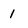
Character: 1